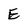
Character: E